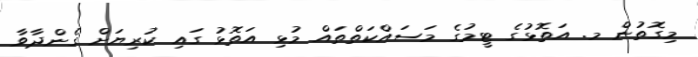
މިގޮތުން މ. އަތޮޅުގެ ޓީމުގެ މަސައްކަތްތައް މުޅި އަތޮޅު ގައި ކުރިޔަށް ގެންދާވާ